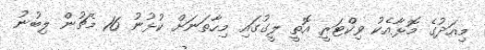
މިއަދުގެ މޮޅާއެކު ވިކްޓަރީ އޮތީ ލީގުގައި މިހާތަނަށް ކުޅުނު 16 މެޗުން ލިބުނު